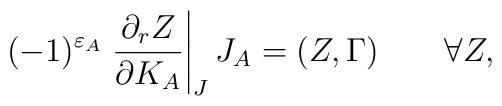
(-1)^{\varepsilon_A}\left.{\partial_r Z\over \partial K_A}\right|_J J_A=(Z,\Gamma)\quad\quad\forall Z,